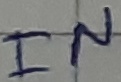
Text: IN